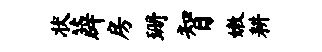
状薜房珊智嫩耕